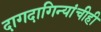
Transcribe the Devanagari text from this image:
दागदागिन्यांचीही